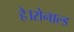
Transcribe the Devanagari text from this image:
है।रोनाल्ड